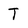
Character: T